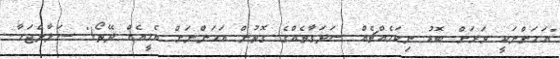
"އަހަންނަކީ ވަރަށް ބޮޑު ނިކަމެއްޗެއް ސަދަގާތެއްގެ ގޮތުން އަހަންނަށް އެހީއެއް ދޭތޯ!" ސަލާންޖަހާ